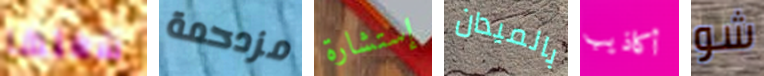
شغلها مزدحمة إستشارة بالميدان أكاذيب شو